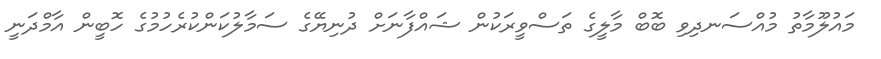
މައުލޫމާތު މުއްސަނދިވި ބޮބް މާލީގެ ތަސްވީރަކުން ޝައްފާނަށް ދުނިޔޭގެ ސަމާލުކަންކުރެހުމުގެ ހޮބީން އާމްދަނީ